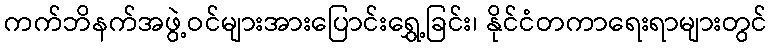
ကက်ဘိနက်အဖွဲ့ဝင်များအားပြောင်းရွှေ့ခြင်း၊ နိုင်ငံတကာရေးရာများတွင်